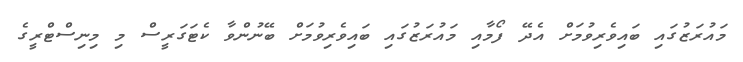
މައުރަޒުގައި ބައިވެރިވުމަށް އެދޭ ފޯމާއި މައުރަޒުގައި ބައިވެރިވުމަށް ބޭނުންވާ ކެޓަގަރީސް މި މިނިސްޓްރީގެ